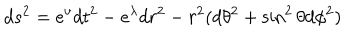
LaTeX: d s ^ { 2 } = e ^ { \nu } d t ^ { 2 } - e ^ { \lambda } d r ^ { 2 } - r ^ { 2 } ( d \theta ^ { 2 } + \sin ^ { 2 } \theta d \phi ^ { 2 } )